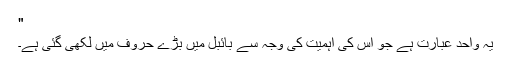
"
یہ واحد عبارت ہے جو اس کی اہمیت کی وجہ سے بائبل میں بڑے حروف میں لکھی گئی ہے۔